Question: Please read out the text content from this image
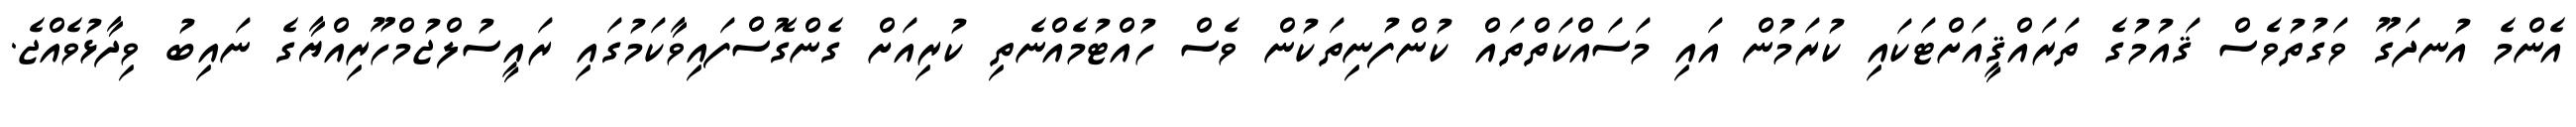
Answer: އެންމެ އުނދަގޫ ވަގުތުވެސް ޤައުމުގެ ތަރައްޤީއަށްޓަކައި ކުރަމުން އައި މަސައްކަތްތައް ކުންފުނިތަކުން ވެސް ހުއްޓުމެއްނެތި ކުރިއަށް ގެންގޮސްފައިވާކަމުގައި ރައީސުލްޖުމްހޫރިއްޔާގެ ނައިބު ވިދާޅުވެއްޖެ.